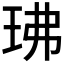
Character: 𤤖